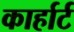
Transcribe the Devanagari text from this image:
कार्हार्ट